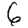
Digit: 6